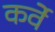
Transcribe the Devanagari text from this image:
कर्वेे